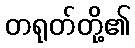
တရုတ်တို့၏